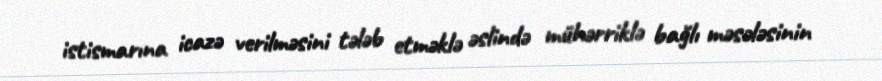
istismarına icazə verilməsini tələb etməklə əslində mühərriklə bağlı məsələsinin